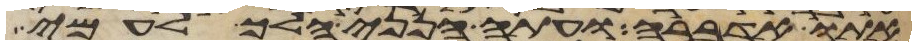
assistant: אתו אדברה ועתה הנני הלך לעמי